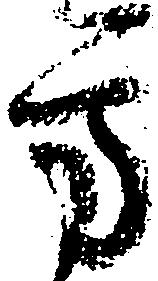
方